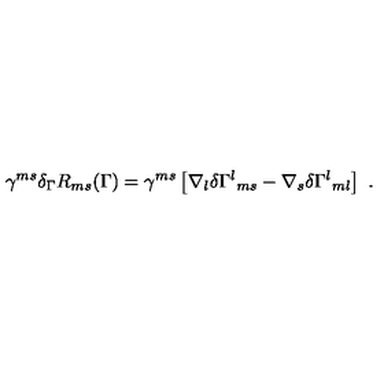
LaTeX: \gamma ^ { m s } \delta _ { \Gamma } R _ { m s } ( \Gamma ) = \gamma ^ { m s } \left[ \nabla _ { l } \delta \Gamma ^ { l } { } _ { m s } - \nabla _ { s } \delta \Gamma ^ { l } { } _ { m l } \right] \ .